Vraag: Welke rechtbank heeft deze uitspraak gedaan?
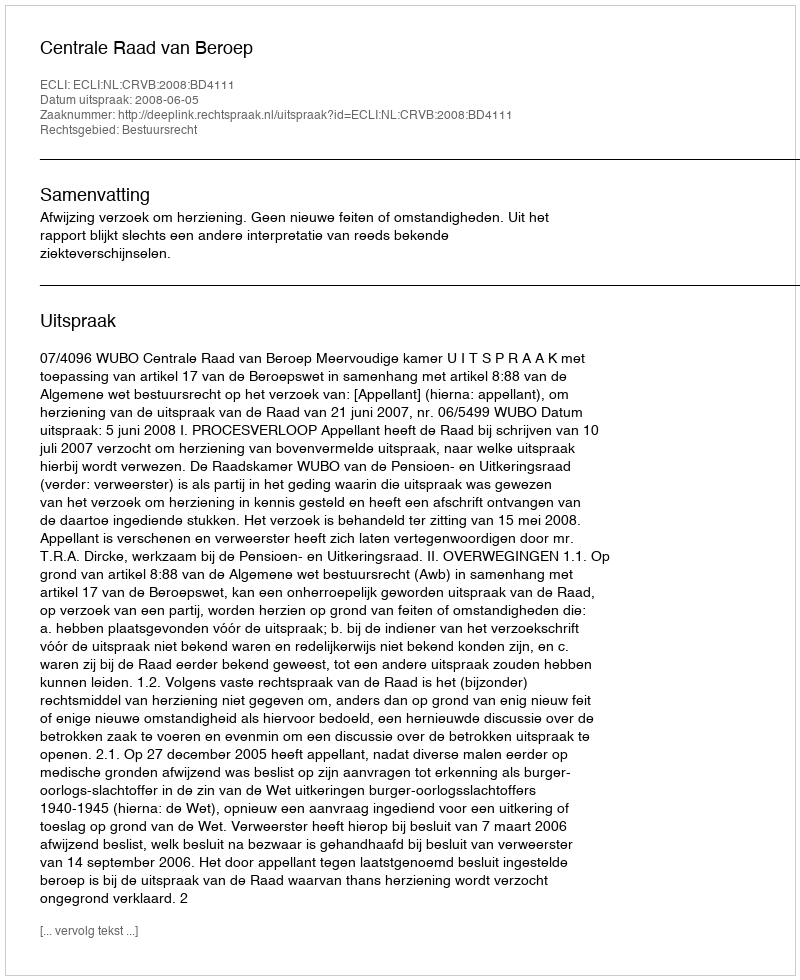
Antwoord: Centrale Raad van Beroep